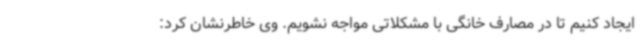
ایجاد کنیم تا در مصارف خانگی با مشکلاتی مواجه نشویم. وی خاطرنشان کرد: